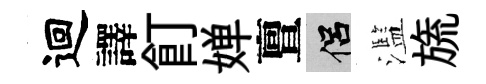
迴譯飣婵亶侣濫旒